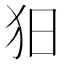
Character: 𤝍